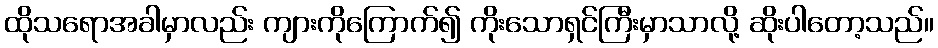
ထိုသရောအခါမှာလည်း ကျားကိုကြောက်၍ ကိုးသောရှင်ကြီးမှာသာလို့ ဆိုးပါတော့သည်။